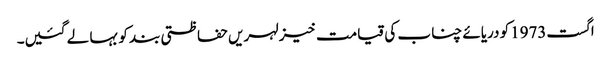
اگست1973کو دریائے چناب کی قیامت خیز لہریں حفاظتی بند کو بہا لے گئیں۔